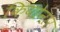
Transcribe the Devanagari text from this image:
कियोनार